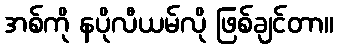
အစ်ကို နပိုလီယမ်လို ဖြစ်ချင်တာ။